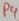
Text: P4